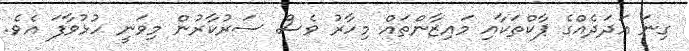
ގިނަ އަދަދެއްގެ ޕާކްތަކާއި މައިޒާންތައް މިހާރު ވެސް ސަރުކާރުން މިވަނީ ހުޅުވާފަ އެވެ.